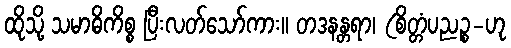
ထိုသို့ သမာဓိကိစ္စ ပြီးလတ်သော်ကား။ တဒနန္တရာ၊ (စိတ္တံပညဉ္စ-ဟု